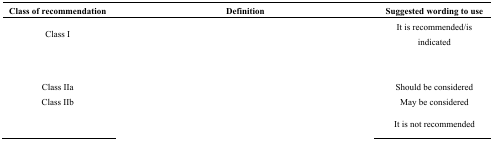
<table><thead><tr><td><b>Class of recommendation</b></td><td><b>Definition</b></td><td><b>Suggested wording to use</b></td></tr></thead><tbody><tr><td>Class I</td><td>[EMPTY_CELL]</td><td>It is recommended/is indicated</td></tr><tr><td>[EMPTY_CELL]</td><td>[EMPTY_CELL]</td><td>[EMPTY_CELL]</td></tr><tr><td>Class IIa</td><td>[EMPTY_CELL]</td><td>Should be considered</td></tr><tr><td>Class IIb</td><td>[EMPTY_CELL]</td><td>May be considered</td></tr><tr><td>[EMPTY_CELL]</td><td>[EMPTY_CELL]</td><td>It is not recommended</td></tr></tbody></table>